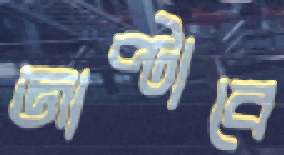
জাপ্‌টাবে